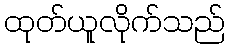
ထုတ်ယူလိုက်သည်